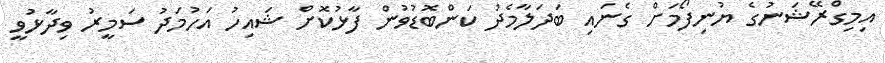
އިމިގްރޭޝަނުގެ ޔުނިފޯމަށް ގެނައި ބަދަލާމެދު ކަންބޮޑުވުން ފާޅުކޮށް ޝައިހު އަހުމަދު ސަމީރު ވިދާޅުވީ